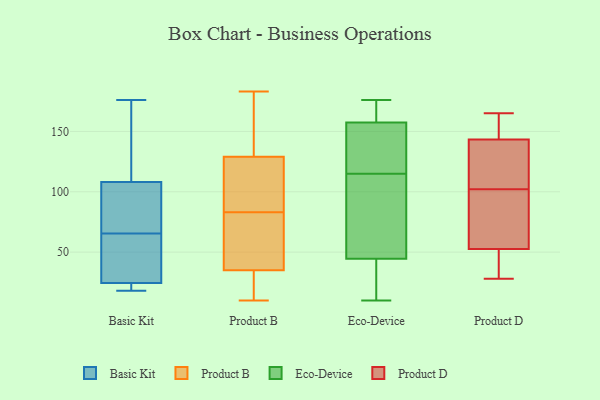
{"axis": {"x": "Gross Profit (USD K)", "y": "Value"}, "legend": ["Basic Kit", "Eco-Device", "Product B", "Product D"], "data": [{"x": "", "y": 81, "type": "Basic Kit"}, {"x": "", "y": 113, "type": "Basic Kit"}, {"x": "", "y": 74, "type": "Basic Kit"}, {"x": "", "y": 103, "type": "Basic Kit"}, {"x": "", "y": 115, "type": "Basic Kit"}, {"x": "", "y": 60, "type": "Basic Kit"}, {"x": "", "y": 25, "type": "Basic Kit"}, {"x": "", "y": 64, "type": "Basic Kit"}, {"x": "", "y": 24, "type": "Basic Kit"}, {"x": "", "y": 176, "type": "Basic Kit"}, {"x": "", "y": 22, "type": "Basic Kit"}, {"x": "", "y": 34, "type": "Basic Kit"}, {"x": "", "y": 67, "type": "Basic Kit"}, {"x": "", "y": 61, "type": "Basic Kit"}, {"x": "", "y": 20, "type": "Basic Kit"}, {"x": "", "y": 142, "type": "Basic Kit"}, {"x": "", "y": 153, "type": "Basic Kit"}, {"x": "", "y": 18, "type": "Basic Kit"}, {"x": "", "y": 87, "type": "Basic Kit"}, {"x": "", "y": 23, "type": "Basic Kit"}, {"x": "", "y": 15, "type": "Product B"}, {"x": "", "y": 178, "type": "Product B"}, {"x": "", "y": 98, "type": "Product B"}, {"x": "", "y": 75, "type": "Product B"}, {"x": "", "y": 174, "type": "Product B"}, {"x": "", "y": 94, "type": "Product B"}, {"x": "", "y": 10, "type": "Product B"}, {"x": "", "y": 61, "type": "Product B"}, {"x": "", "y": 129, "type": "Product B"}, {"x": "", "y": 86, "type": "Product B"}, {"x": "", "y": 183, "type": "Product B"}, {"x": "", "y": 29, "type": "Product B"}, {"x": "", "y": 80, "type": "Product B"}, {"x": "", "y": 35, "type": "Product B"}, {"x": "", "y": 156, "type": "Eco-Device"}, {"x": "", "y": 114, "type": "Eco-Device"}, {"x": "", "y": 36, "type": "Eco-Device"}, {"x": "", "y": 110, "type": "Eco-Device"}, {"x": "", "y": 132, "type": "Eco-Device"}, {"x": "", "y": 137, "type": "Eco-Device"}, {"x": "", "y": 115, "type": "Eco-Device"}, {"x": "", "y": 140, "type": "Eco-Device"}, {"x": "", "y": 15, "type": "Eco-Device"}, {"x": "", "y": 158, "type": "Eco-Device"}, {"x": "", "y": 176, "type": "Eco-Device"}, {"x": "", "y": 70, "type": "Eco-Device"}, {"x": "", "y": 166, "type": "Eco-Device"}, {"x": "", "y": 173, "type": "Eco-Device"}, {"x": "", "y": 172, "type": "Eco-Device"}, {"x": "", "y": 10, "type": "Eco-Device"}, {"x": "", "y": 11, "type": "Eco-Device"}, {"x": "", "y": 26, "type": "Eco-Device"}, {"x": "", "y": 108, "type": "Eco-Device"}, {"x": "", "y": 126, "type": "Product D"}, {"x": "", "y": 114, "type": "Product D"}, {"x": "", "y": 73, "type": "Product D"}, {"x": "", "y": 28, "type": "Product D"}, {"x": "", "y": 102, "type": "Product D"}, {"x": "", "y": 76, "type": "Product D"}, {"x": "", "y": 47, "type": "Product D"}, {"x": "", "y": 47, "type": "Product D"}, {"x": "", "y": 120, "type": "Product D"}, {"x": "", "y": 160, "type": "Product D"}, {"x": "", "y": 160, "type": "Product D"}, {"x": "", "y": 149, "type": "Product D"}, {"x": "", "y": 90, "type": "Product D"}, {"x": "", "y": 41, "type": "Product D"}, {"x": "", "y": 165, "type": "Product D"}, {"x": "", "y": 152, "type": "Product D"}, {"x": "", "y": 41, "type": "Product D"}, {"x": "", "y": 69, "type": "Product D"}, {"x": "", "y": 112, "type": "Product D"}]}